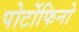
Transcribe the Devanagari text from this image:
पोर्टोफिनो